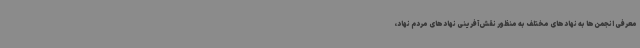
معرفی انجمن‌ها به نهادهای مختلف به منظور نقش‌آفرینی نهادهای مردم نهاد،